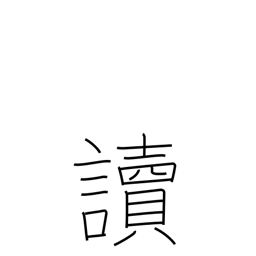
Meaning: pronounce